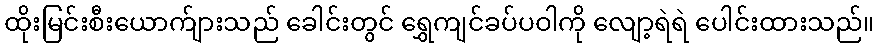
ထိုးမြင်းစီးယောက်ျားသည် ခေါင်းတွင် ရွှေကျင်ခပ်ပဝါကို လျော့ရဲရဲ ပေါင်းထားသည်။